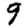
Digit: 9